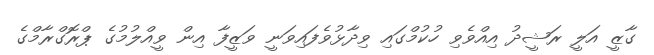
ގާޒީ އަލީ ރަޝީދު އިއްވެވި ހުކުމްގައި ވިދާޅުވެފައިވަނީ ވަޒީފާ އިން ވީއްލުމުގެ ޕްރޮގްރާމްގެ